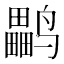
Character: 𱊳